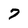
Character: 7